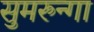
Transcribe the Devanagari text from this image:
सुमरुन्गा